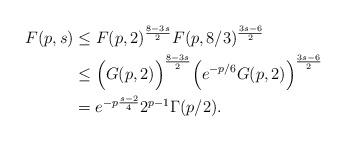
LaTeX: \begin{align*}F(p,s) &\leq F(p, 2)^{\frac{8-3s}{2}}F(p, 8/3)^{\frac{3s-6}{2}} \\&\leq \Big(G(p,2)\Big)^{\frac{8-3s}{2}}\Big(e^{-p/6}G(p,2)\Big)^{\frac{3s-6}{2}} \\&= e^{-p\frac{s-2}{4}}2^{p-1}\Gamma(p/2).\end{align*}